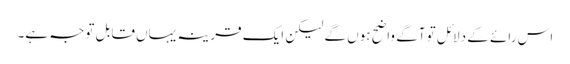
اس رائے کے دلائل تو آگے واضح ہوں گے لیکن ایک قرینہ یہاں قابل توجہ ہے۔